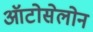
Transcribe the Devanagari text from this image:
ऑटोसेलोन